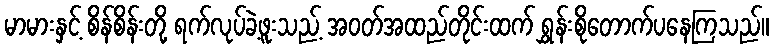
မာမားနှင့် စိန်စိန်းတို့ ရက်လုပ်ခဲ့ဖူးသည့် အဝတ်အထည်တိုင်းထက် ရွှန်းစိုတောက်ပနေကြသည်။